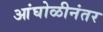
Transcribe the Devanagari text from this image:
आंघोळीनंतर